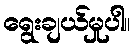
ရွေးချယ်မှုပါ။